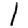
Digit: 1